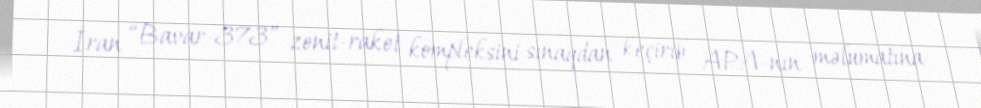
İran “Bavar-373” zenit-raket kompleksini sınaqdan keçirib APA-nın məlumatına